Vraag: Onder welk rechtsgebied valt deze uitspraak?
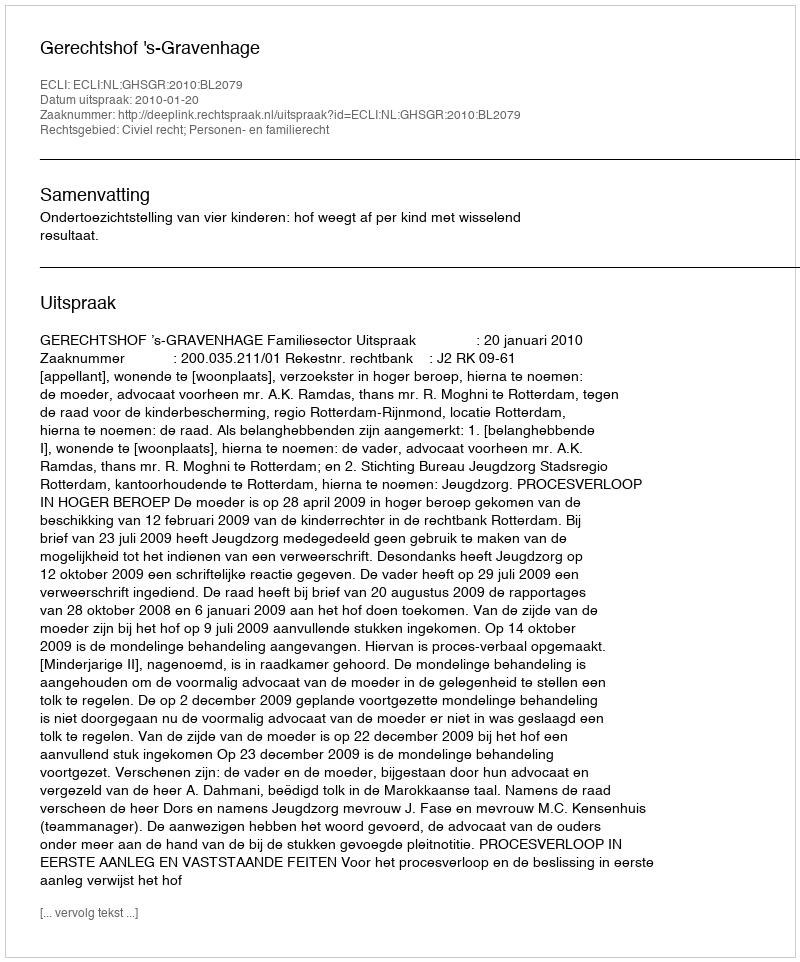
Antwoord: Civiel recht; Personen- en familierecht